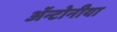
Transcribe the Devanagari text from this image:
ॲन्टोनीया